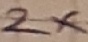
Text: 2X